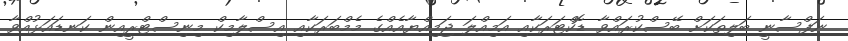
ނަފްސާނީ ބަލިތަކަށް ބޭސްކުރައްވާ ޑޮކްޓަރަކާއި އަމިއްލަ ޖަމިއްޔާއެއްގެ މެމްބަރަކާއި އިސްލާމިކް މިނިސްޓްރީއިން ކަނޑައަޅުއްވާ